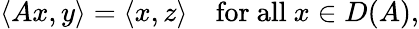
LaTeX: \langle Ax,y\rangle=\langle x,z\rangle\quad{\mathrm{for~all~}}x\in D(A),